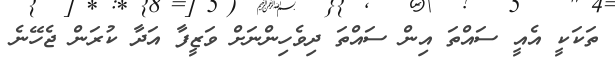
ތަކަކީ އެއީ ސައްތަ އިން ސައްތަ ދިވެހިންނަށް ވަޒީފާ އަދާ ކުރަން ޖެހޭނެ